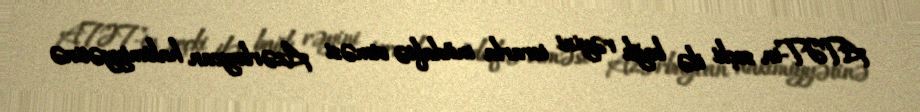
ATƏT-in seçki ilə bağlı rəyini israrla müdafiə etməsi Azərbaycan hakimiyyətinə